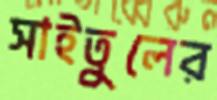
সাইতুলের